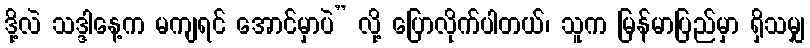
ဒို့လဲ သဒ္ဒါနေ့က မကျရင် အောင်မှာပဲ” လို့ ပြောလိုက်ပါတယ်၊ သူက မြန်မာပြည်မှာ ရှိသမျှ